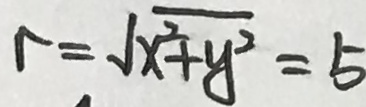
r = \sqrt { x ^ { 2 } + y ^ { 2 } } = 5